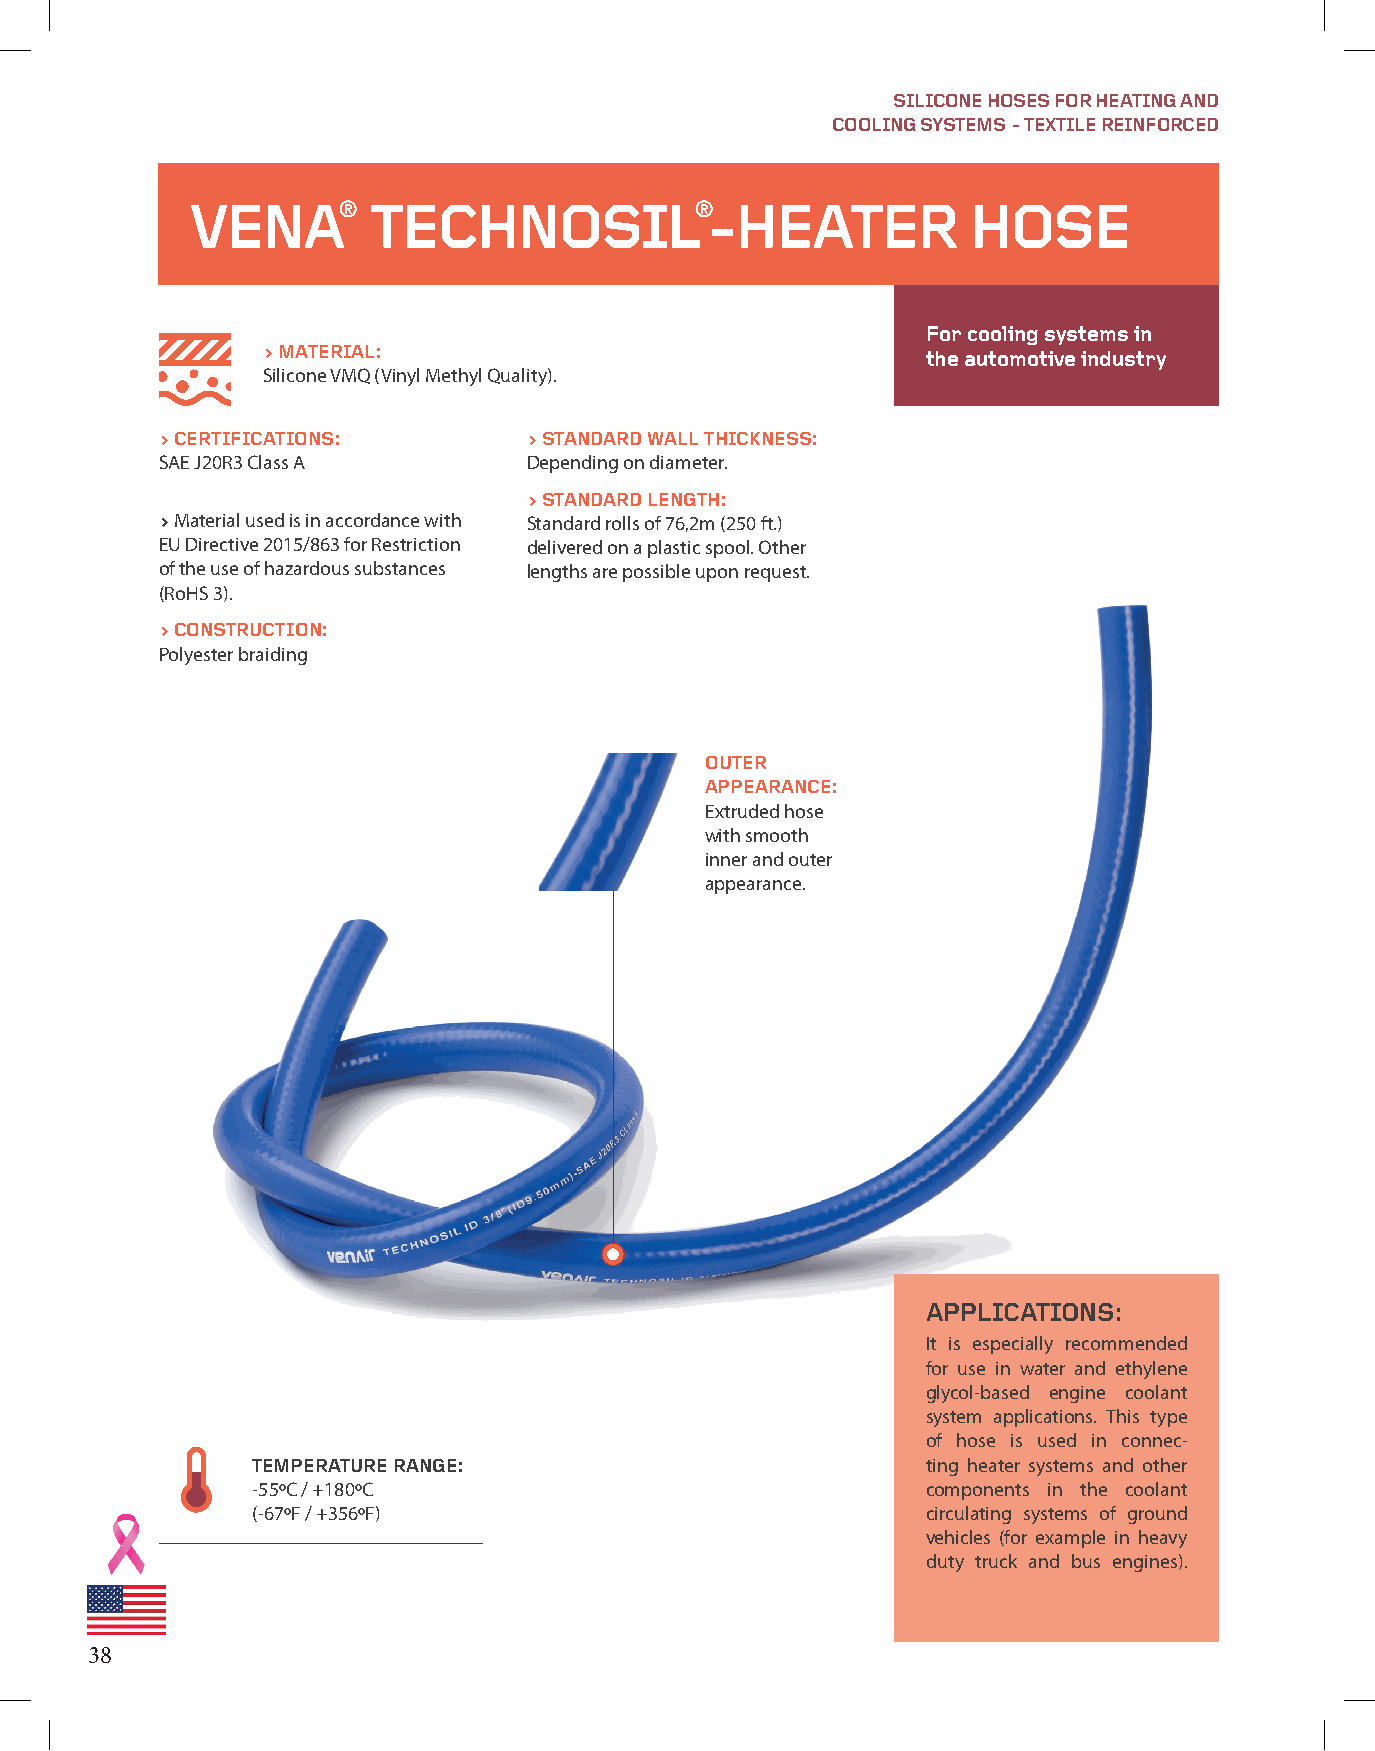
SILICONE HOSES FOR HEATING AND
 COOLING SYSTEMS - TEXTILE REINFORCED
 VENA®       TECHNOSIL®-HEATER                      HOSE
 For cooling systems in
 > MATERIAL:
 the automotive industry
 Silicone VMQ (Vinyl Methyl Quality).
 > CERTIFICATIONS:       > STANDARD WALL THICKNESS:
 SAE J20R3 Class A       Depending on diameter.
 > STANDARD LENGTH:
 > Material used is in accordance with Standard rolls of 76,2m (250 ft.)
 EU Directive 2015/863 for Restriction delivered on a plastic spool. Other
 of the use of hazardous substances lengths are possible upon request.
 (RoHS 3).
 > CONSTRUCTION:
 Polyester braiding
 OUTER
 APPEARANCE:
 Extruded hose
 with smooth
 inner and outer
 appearance.
 APPLICATIONS:
 It is especially recommended
 for use in water and ethylene
 glycol-based engine coolant
 system applications. This type
 of hose is used in connec-
 TEMPERATURE RANGE:                          ting heater systems and other
 -55ºC / +180ºC                              components in the coolant
 (-67ºF / +356ºF)                            circulating systems of ground
 vehicles (for example in heavy
 duty truck and bus engines).
 38